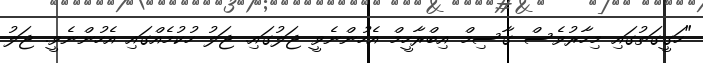
"ހަގީގަތުގައި މިހާރުވެސް ގާސިމް އިބްރާހީމް އެހުންނެވީ ޖަލުގައި. ޖަލު ހުކުމެއްގައި އެހުންނެވީ. ޖަލު